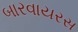
બારવાયરસ